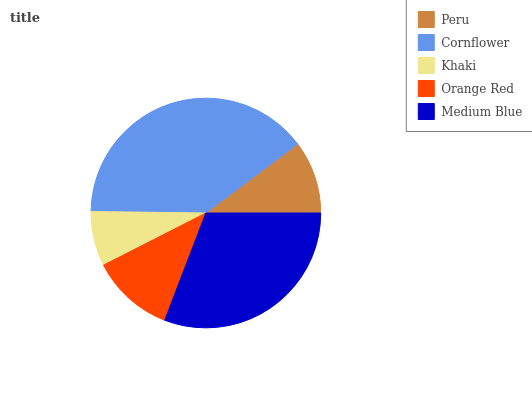
| Peru | Cornflower | Khaki | Orange Red | Medium Blue |
 | --- | --- | --- | --- | --- |
 | 10.3% | 39.5% | 7.7% | 11.7% | 30.9% |